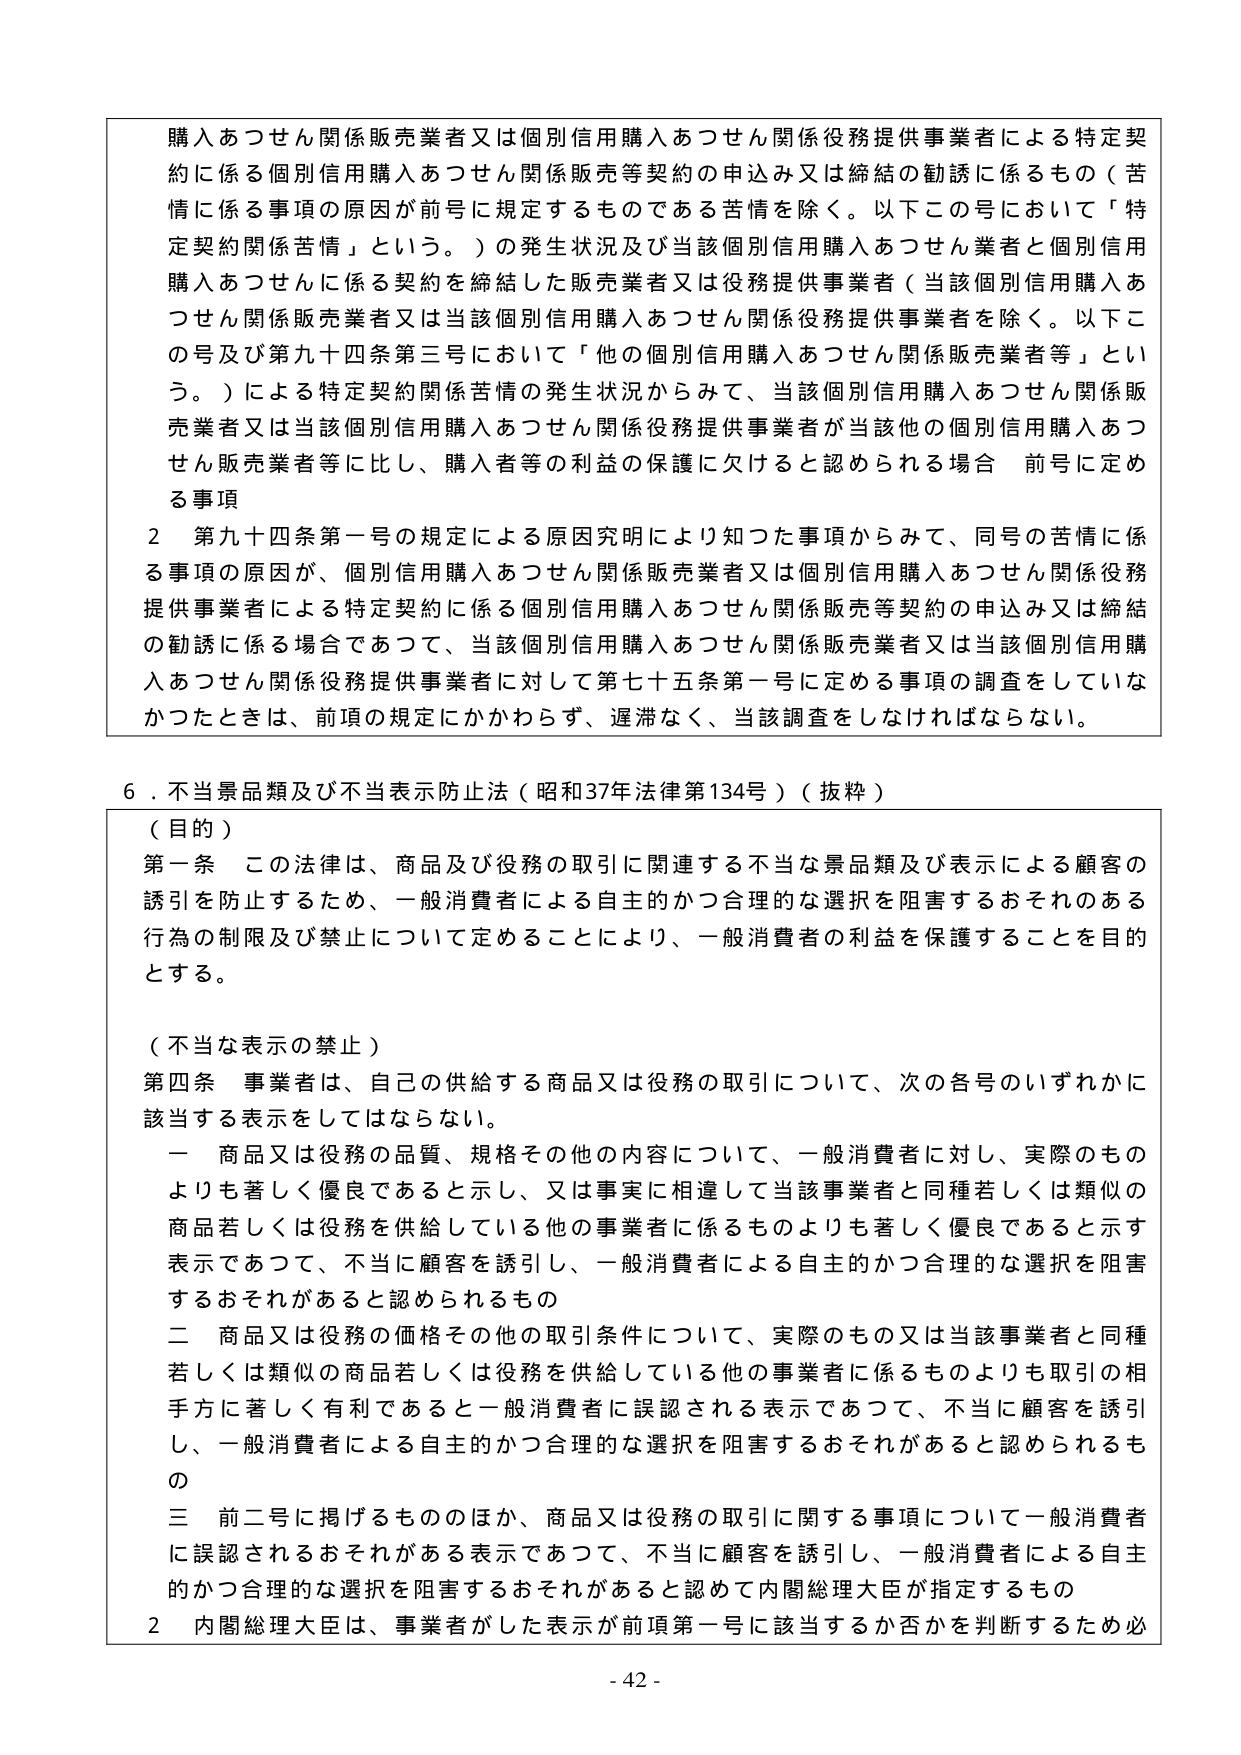
購入あつせん関係販売業者又は個別信用購入あつせん関係役務提供事業者による特定契約に係る個別信用購入あつせん関係販売等契約の申込み又は締結の勧誘に係るもの（苦情に係る事項の原因が前号に規定するものである苦情を除く。以下この号において「特定契約関係苦情」という。）の発生状況及び当該個別信用購入あつせん業者と個別信用購入あつせんに係る契約を締結した販売業者又は役務提供事業者（当該個別信用購入あつせん関係販売業者又は当該個別信用購入あつせん関係役務提供事業者を除く。以下この号及び第九十四条第三号において「他の個別信用購入あつせん関係販売業者等」という。）による特定契約関係苦情の発生状況からみて、当該個別信用購入あつせん関係販売業者又は当該個別信用購入あつせん関係役務提供事業者が当該他の個別信用購入あつせん販売業者等に比し、購入者等の利益の保護に欠けると認められる場合 前号に定める事項

2 第九十四条第一号の規定による原因究明により知つた事項からみて、同号の苦情に係る事項の原因が、個別信用購入あつせん関係販売業者又は個別信用購入あつせん関係役務提供事業者による特定契約に係る個別信用購入あつせん関係販売等契約の申込み又は締結の勧誘に係る場合であつて、当該個別信用購入あつせん関係販売業者又は当該個別信用購入あつせん関係役務提供事業者に対して第七十五条第一号に定める事項の調査をしていなかつたときは、前項の規定にかかわらず、遅滞なく、当該調査をしなければならない。

6．不当景品類及び不当表示防止法（昭和37年法律第134号）（抜粋）

（目的）
第一条 この法律は、商品及び役務の取引に関連する不当な景品類及び表示による顧客の誘引を防止するため、一般消費者による自主的かつ合理的な選択を阻害するおそれのある行為の制限及び禁止について定めることにより、一般消費者の利益を保護することを目的とする。

（不当な表示の禁止）
第四条 事業者は、自己の供給する商品又は役務の取引について、次の各号のいずれかに該当する表示をしてはならない。
一 商品又は役務の品質、規格その他の内容について、一般消費者に対し、実際のものよりも著しく優良であると示し、又は事実に相違して当該事業者と同種若しくは類似の商品若しくは役務を供給している他の事業者に係るものよりも著しく優良であると示す表示であつて、不当に顧客を誘引し、一般消費者による自主的かつ合理的な選択を阻害するおそれがあると認められるもの
二 商品又は役務の価格その他の取引条件について、実際のもの又は当該事業者と同種若しくは類似の商品若しくは役務を供給している他の事業者に係るものよりも取引の相手方に著しく有利であると一般消費者に誤認される表示であつて、不当に顧客を誘引し、一般消費者による自主的かつ合理的な選択を阻害するおそれがあると認められるもの
三 前二号に掲げるもののほか、商品又は役務の取引に関する事項について一般消費者に誤認されるおそれがある表示であつて、不当に顧客を誘引し、一般消費者による自主的かつ合理的な選択を阻害するおそれがあると認めて内閣総理大臣が指定するもの
2 内閣総理大臣は、事業者がした表示が前項第一号に該当するか否かを判断するため必

- 42 -